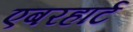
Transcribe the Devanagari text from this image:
एबरहार्ट